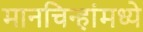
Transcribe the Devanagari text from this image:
मानचिन्हांमध्ये